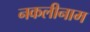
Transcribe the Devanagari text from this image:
नकलीनाम